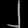
Digit: ၂